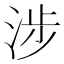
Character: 涉